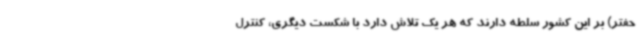
حفتر) بر این کشور سلطه دارند که هر یک تلاش دارد با شکست دیگری، کنترل